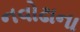
નવોઢાના